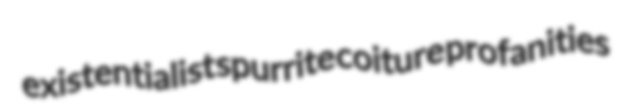
existentialist spurrite coiture profanities